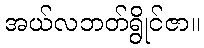
အယ်လဘတ်ရွိုင်ဇာ။